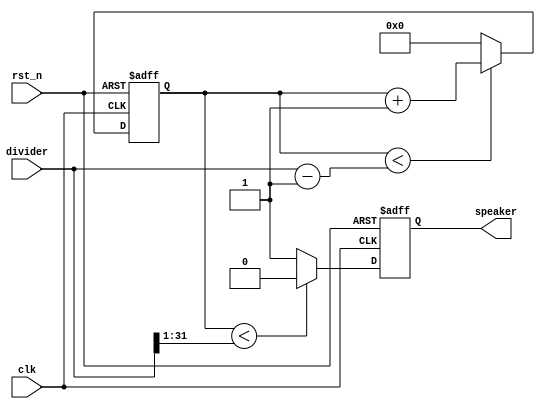
`timescale 1ns / 1ps
//////////////////////////////////////////////////////////////////////////////////
// Company: 
// Engineer: 
// 
// Design Name: 
// Module Name: Wave_Generator
// Project Name: 
// Target Devices: 
// Tool Versions: 
// Description: 
// 
// Dependencies: 
// 
// Revision:
// Revision 0.01 - File Created
// Additional Comments:
// 
//////////////////////////////////////////////////////////////////////////////////

//
module Wave_Generator (
    input clk,
    input rst_n,
    input [31:0] divider,
    output reg speaker
);
  reg [31:0] cnt;

  always @(posedge clk, negedge rst_n) begin
    if (~rst_n) cnt <= 32'b0;
    else if (cnt < divider - 1'b1) cnt <= cnt + 1'b1;
    //else cnt <= (divider[0] == 1'b1) ? 32'd0 : cnt + 1'b1;//divider
    else cnt<=32'd0;
  end
  //?cntspeaker
  always @(posedge clk, negedge rst_n) begin
    if (~rst_n) speaker <= 1'b0;
    else if (cnt < divider[31:1]) speaker <= 1'b0;
    else speaker <= 1'b1;
  end

endmodule